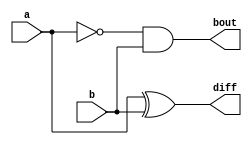
module half_subtractor(input a, b,output diff,bout);
  assign diff=a^b;
  assign bout=~a&b;
 
endmodule